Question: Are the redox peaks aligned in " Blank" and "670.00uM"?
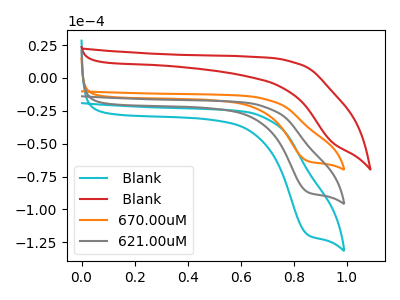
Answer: <think>The cyan curve " Blank" has a cathodic peak at: (0.85V, -173.25uA). The red curve " Blank" has no peaks. The orange curve "670.00uM" has a cathodic peak at: (0.85V, -63.05uA). The gray curve "621.00uM" has a cathodic peak at: (0.85V, -86.65uA).</think>
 <answer>No, " Blank" and "670.00uM" have a different number of peaks.</answer>
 <eval>different_amount</eval>